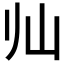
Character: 𱛅